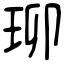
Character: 珋